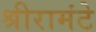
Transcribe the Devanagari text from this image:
श्रीरामंटे